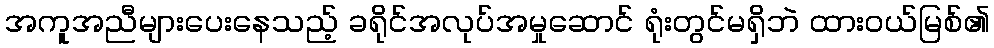
အကူအညီများပေးနေသည့် ခရိုင်အလုပ်အမှုဆောင် ရုံးတွင်မရှိဘဲ ထားဝယ်မြစ်၏